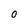
Character: 0